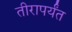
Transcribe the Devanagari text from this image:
तीरापर्यंत